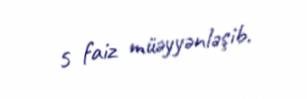
5 faiz müəyyənləşib.